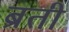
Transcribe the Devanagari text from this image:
ब्रती